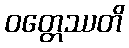
ဝတ္တေဿတိ